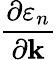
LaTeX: \frac{\partial\varepsilon_{n}}{\partial\mathbf{k}}